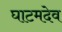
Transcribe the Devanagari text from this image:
घाटमदेव